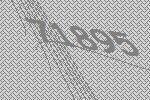
71895